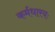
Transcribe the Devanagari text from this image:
कर्मधारयः